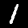
Label: 1